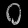
Digit: ၀